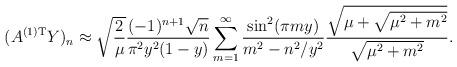
LaTeX: \begin{align*}(A^{(1) {\rm T}} Y)_n\approx \sqrt{\frac{2}{\mu}}\frac{(-1)^{n+1} \sqrt{n}}{\pi^2 y^2 (1-y)}\sum_{m=1}^\infty\frac{ \sin^2 (\pi m y)}{m^2 - n^2/y^2}\frac{\sqrt{\mu + \sqrt{\mu^2 + m^2}}}{\sqrt{\mu^2 + m^2}}.\end{align*}